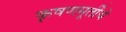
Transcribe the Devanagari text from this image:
कृषणमूर्तींचे